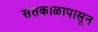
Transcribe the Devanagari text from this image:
संतकाळापासून